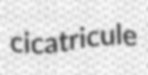
cicatricule